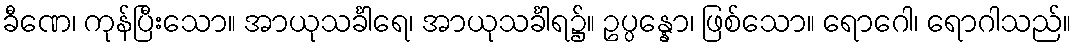
ခီဏေ၊ ကုန်ပြီးသော။ အာယုသင်္ခါရေ၊ အာယုသင်္ခါရ၌။ ဥပ္ပန္နော၊ ဖြစ်သော။ ရောဂေါ၊ ရောဂါသည်။